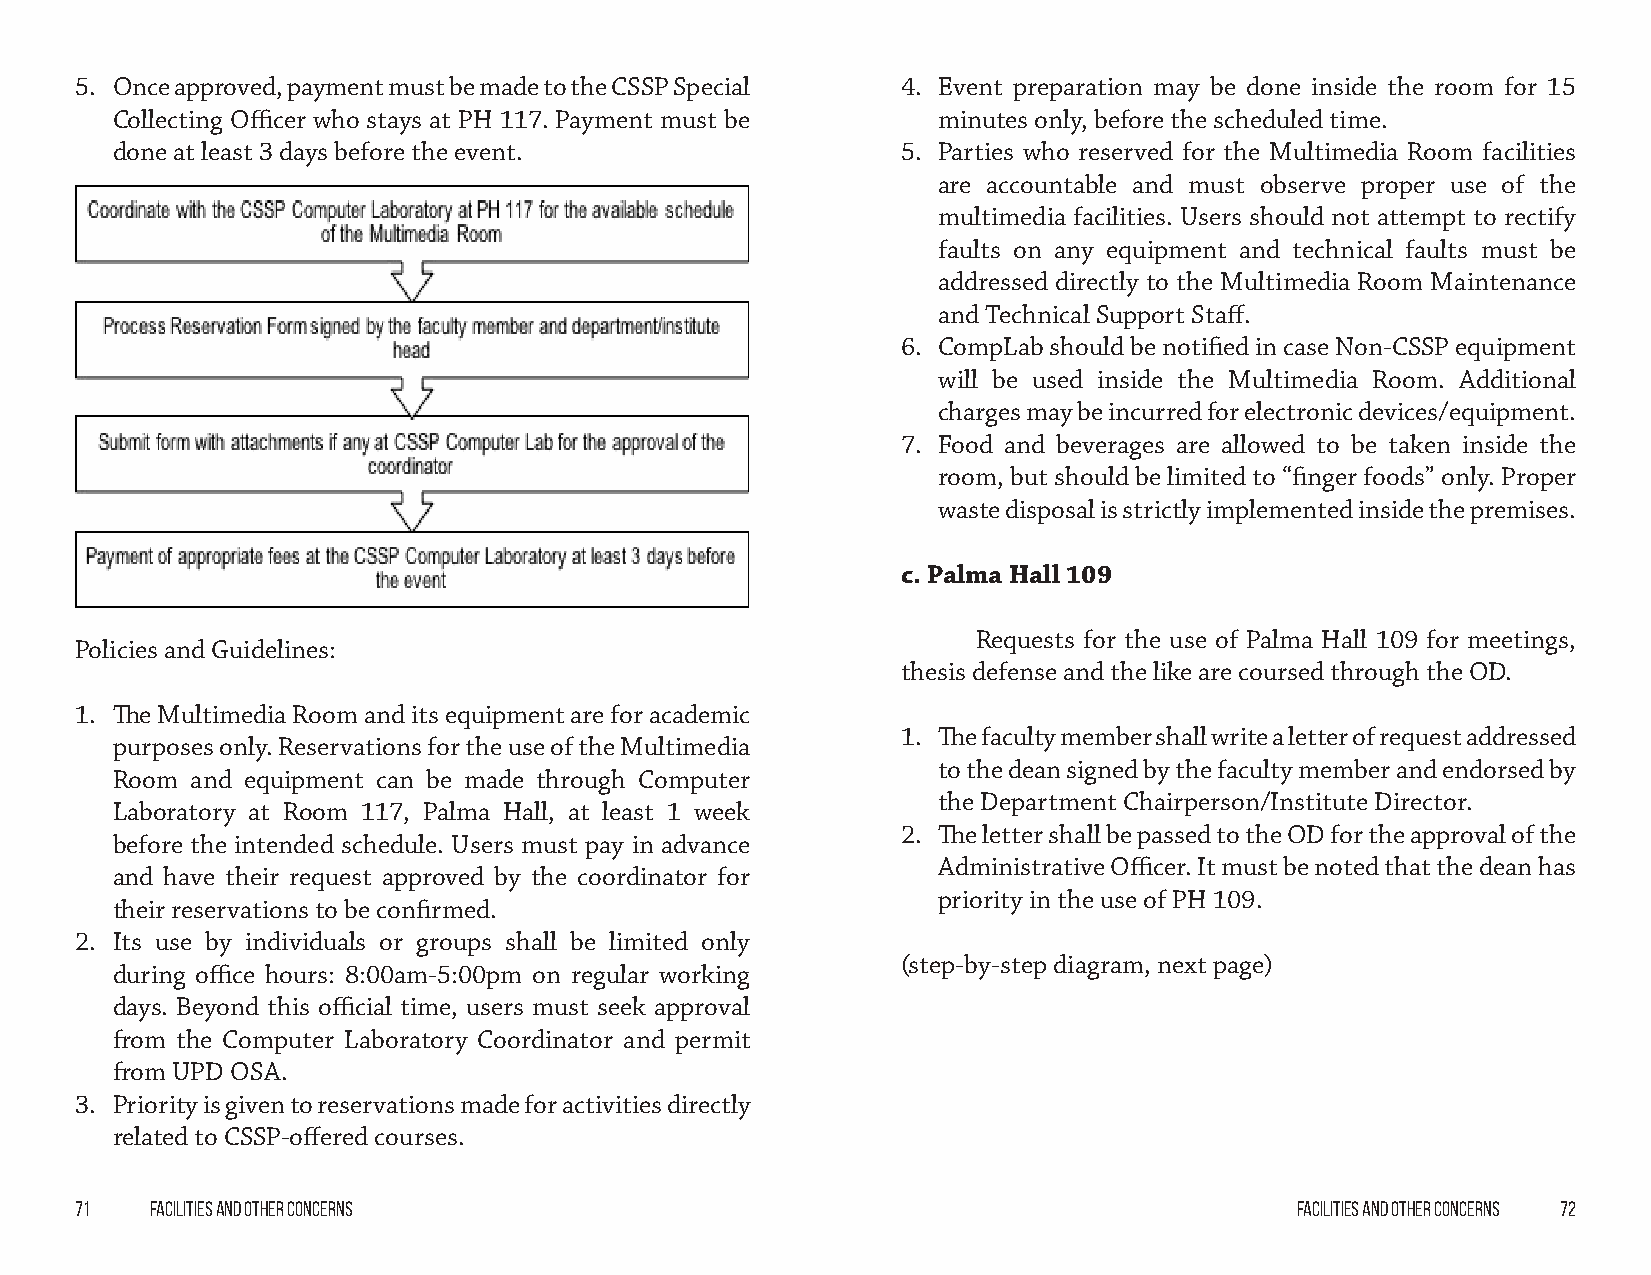
5. Once approved, payment must be made to the CSSP Special 4. Event preparation may be done inside the room for 15
 Collecting Officer who stays at PH 117. Payment must be minutes only, before the scheduled time.
 done at least 3 days before the event.               5. Parties who reserved for the Multimedia Room facilities
 are accountable and must observe proper use of the
 multimedia facilities. Users should not attempt to rectify
 faults on any equipment and technical faults must be
 addressed directly to the Multimedia Room Maintenance
 and Technical Support Staff.
 6. CompLab should be notified in case Non-CSSP equipment
 will be used inside the Multimedia Room. Additional
 charges may be incurred for electronic devices/equipment.
 7. Food and beverages are allowed to be taken inside the
 room, but should be limited to “finger foods” only. Proper
 waste disposal is strictly implemented inside the premises.
 c. Palma Hall 109
 Requests for the use of Palma Hall 109 for meetings,
 Policies and Guidelines:
 thesis defense and the like are coursed through the OD.
 1. The Multimedia Room and its equipment are for academic
 1. The faculty member shall write a letter of request addressed
 purposes only. Reservations for the use of the Multimedia
 to the dean signed by the faculty member and endorsed by
 Room  and equipment can be made through Computer
 the Department Chairperson/Institute Director.
 Laboratory at Room 117, Palma Hall, at least 1 week
 2. The letter shall be passed to the OD for the approval of the
 before the intended schedule. Users must pay in advance
 Administrative Officer. It must be noted that the dean has
 and have their request approved by the coordinator for
 priority in the use of PH 109.
 their reservations to be confirmed.
 2. Its use by individuals or groups shall be limited only
 (step-by-step diagram, next page)
 during office hours: 8:00am-5:00pm on regular working
 days. Beyond this official time, users must seek approval
 from the Computer Laboratory Coordinator and permit
 from UPD OSA.
 3. Priority is given to reservations made for activities directly
 related to CSSP-offered courses.
 71   Facilities and other Concerns                                               Facilities and Other Concerns 72